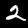
Label: 2